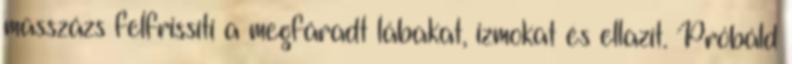
masszázs felfrissíti a megfáradt lábakat, izmokat és ellazít. Próbáld